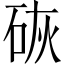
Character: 𪿙